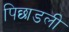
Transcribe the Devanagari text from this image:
पिछाडली